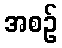
အစဉ်